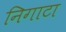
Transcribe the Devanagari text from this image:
निगाटा